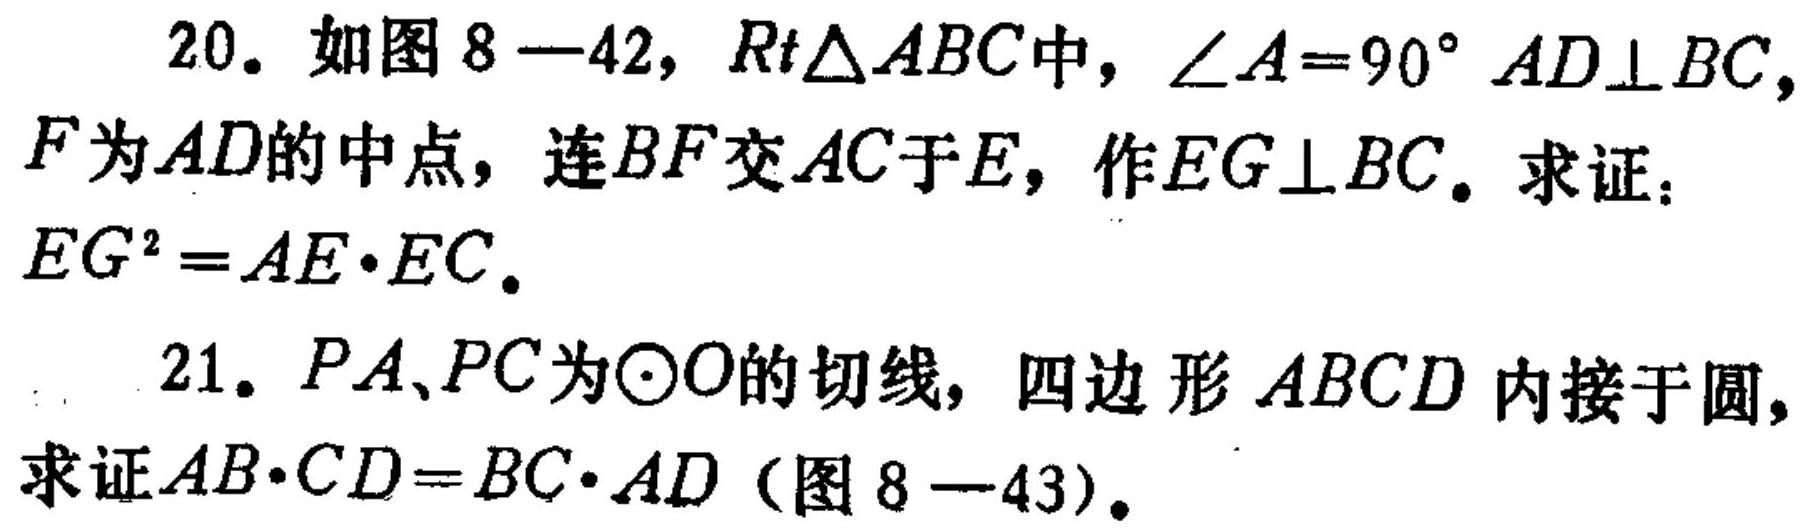
20. 如图 \(8 - 42\)，\(Rt\triangle ABC\)中，\(\angle A = 90^{\circ}\) \(AD\perp BC\)，\(F\)为\(AD\)的中点，连\(BF\)交\(AC\)于\(E\)，作\(EG\perp BC\)。求证：\(EG^{2}=AE\cdot EC\)。
21. \(PA\)、\(PC\)为\(\odot O\)的切线，四边形 \(ABCD\) 内接于圆，求证\(AB\cdot CD = BC\cdot AD\)（图 \(8 - 43\)）。